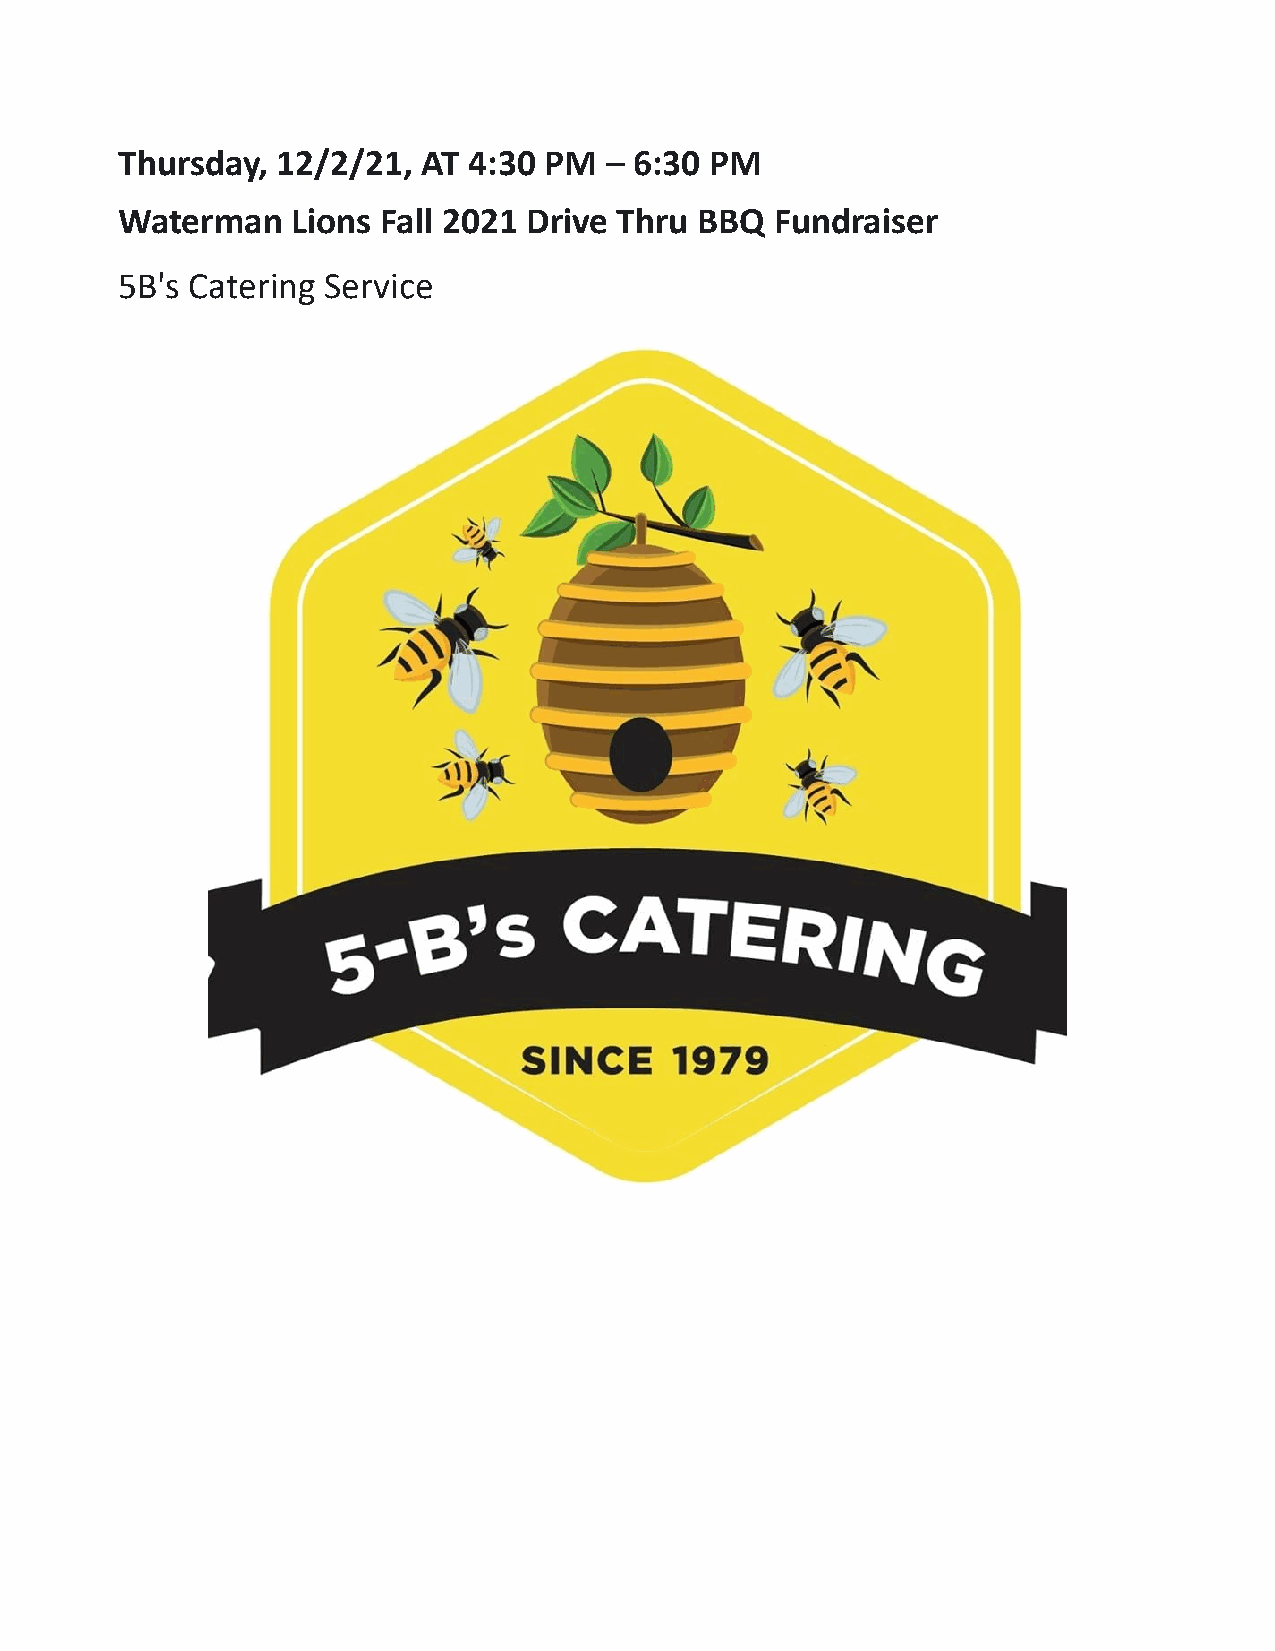
Thursday, 12/2/21,  AT 4:30 PM  – 6:30 PM
 Waterman   Lions Fall 2021 Drive Thru BBQ  Fundraiser
 5B's Catering Service